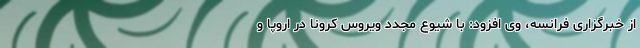
از خبرگزاری فرانسه، وی افزود: با شیوع مجدد ویروس کرونا در اروپا و